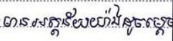
មានអត្ថន័យយ៉ាងដូចម្តេច